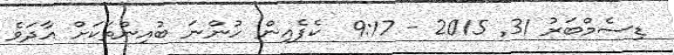
ޑިސެމްބަރު 31